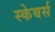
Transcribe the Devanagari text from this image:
स्केबर्स